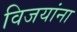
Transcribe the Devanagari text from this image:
विजयांना